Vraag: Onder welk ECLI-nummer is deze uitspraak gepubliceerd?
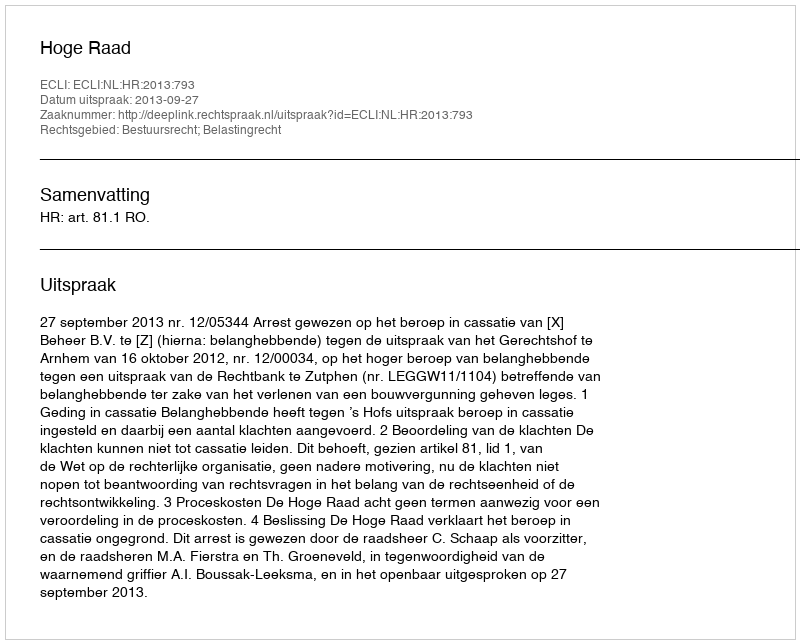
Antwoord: ECLI:NL:HR:2013:793